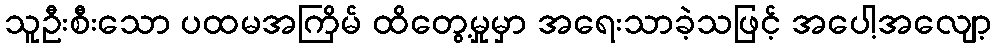
သူဦးစီးသော ပထမအကြိမ် ထိတွေ့မှုမှာ အရေးသာခဲ့သဖြင့် အပေါ့အလျော့